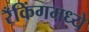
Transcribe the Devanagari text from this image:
रँकिंगमध्ये